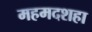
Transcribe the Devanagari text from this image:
महमदशहा